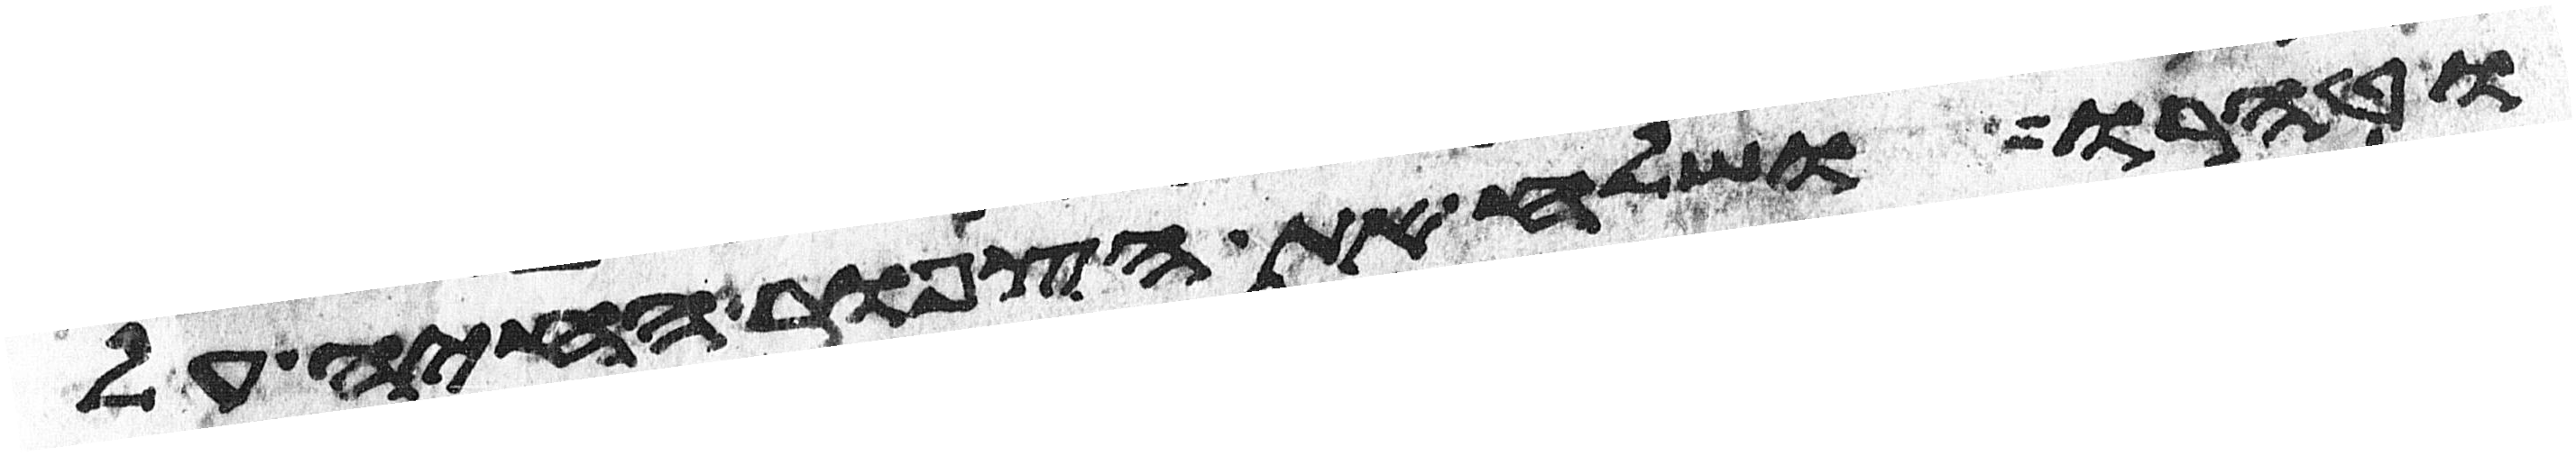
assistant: וטהרו ושלח את הצפור החיה על